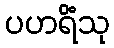
ပဟရိံသု